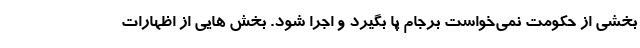
بخشی از حکومت نمی‌خواست برجام پا بگیرد و اجرا شود. بخش هایی از اظهارات